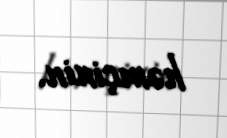
həmçinin.